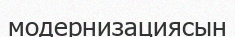
модернизациясын